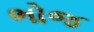
ભોજ